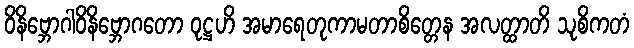
ဝိနိဗ္ဘောဂါဝိနိဗ္ဘောဂတော ဝုဋ္ဌဟိ အမာရေတုကာမတာစိတ္တေန အလတ္ထာတိ သုစိကတံ